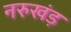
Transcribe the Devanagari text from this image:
नरुखंड़